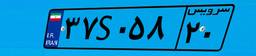
۴۵S۸۳۹۷۴